Leaving Certificate Examination, 1904
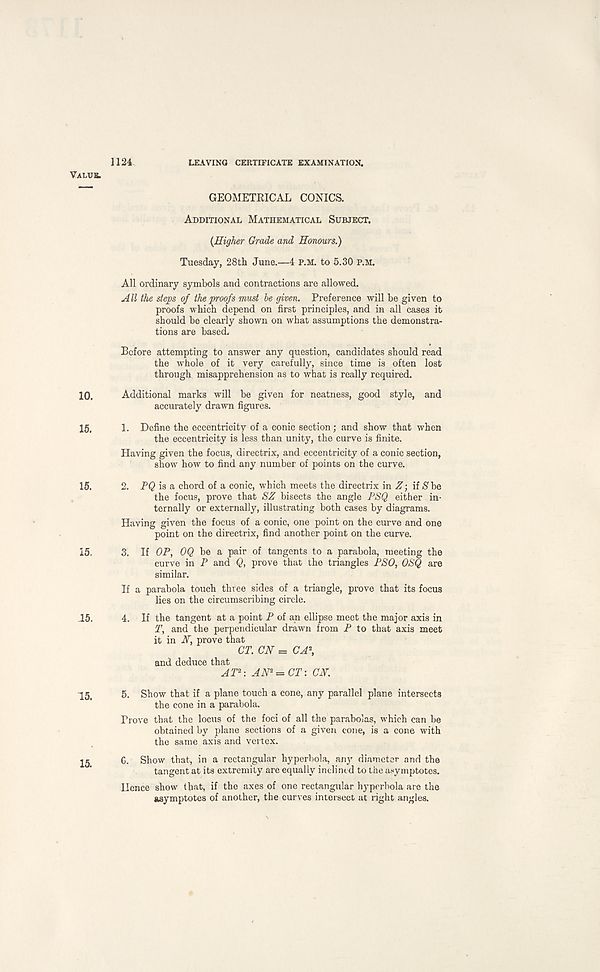
1124
LEAVING CERTIFICATE EXAMINATION.
Value.
GEOMETRICAL CONICS.
Additional Mathematical Subject.
{Higher Grade and Honours.)
Tuesday, 28th June.—4 p.m. to 5.30 p.m.
All ordinary symbols and contractions are allowed.
All the steps of the proofs must be given. Preference will be given to
proofs which depend on first principles, and in all cases it
should be clearly shown on what assumptions the demonstra-
tions are based.
Before attempting to answer any question, candidates should read
the whole of it very carefully, since time is often lost
through misapprehension as to what is really required.
10. Additional marks will be given for neatness, good style, and
accurately drawn figures.
15,
1. Define the eccentricity of a conic section; and show that when
the eccentricity is less than unity, the curve is finite.
Having given the focus, directrix, and eccentricity of a conic section,
show how to find any number of points on the curve.
15.
2. FQ is a chord of a conic, which meets the directrix in Z; if S' be
the focus, prove that SZ bisects the angle PSQ either in-
ternally or externally, illustrating both cases by diagrams.
Having given the focus of a conic, one point on the curve and one
point on the directrix, find another point on the curve.
15. 3. If OP, 0Q be a pair of tangents to a parabola, meeting the
curve in P and Q, prove that the triangles PSO, OSQ are
similar.
If a parabola touch three sides of a triangle, prove that its focus
lies on the circumscribing circle.
15. 4. If the tangent at a point P of an ellipse meet the major axis in
T, and the perpendicular drawn from P to that axis meet
it in N, prove that
CT. CN = CA\
and deduce that
AT 2 : AN 1 = CT: CN.
15, 5. Show that if a plane touch a cone, any parallel plane intersects
the cone in a parabola.
Prove that the locus of the foci of all the parabolas, which can be
obtained by plane sections of a given cone, is a cone with
the same axis and vertex.
2^
G. Show that, in a rectangular hyperbola, any diameter and the
tangent at its extremity are equally inclined to the asymptotes.
Hence show that, if the axes of one rectangular hyperbola are the
asymptotes of another, the curves intersect at right angles.